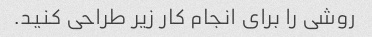
روشی را برای انجام کار زیر طراحی کنید.